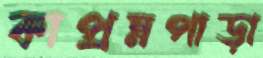
কাপ্রম্নপাড়া